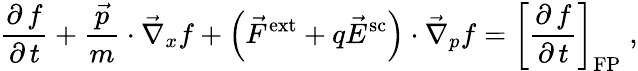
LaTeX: \frac{\partial\, f}{\partial\, t}+\frac{\vec{p}}{m}\cdot\vec{\nabla}_{x}f+\left(\vec{F}^{\mathrm{ext}}+q\vec{E}^{\mathrm{sc}}\right)\cdot\vec{\nabla}_{p}f={\left[\frac{\partial\, f}{\partial\, t}\right]}_{\mathrm{FP}}\; ,